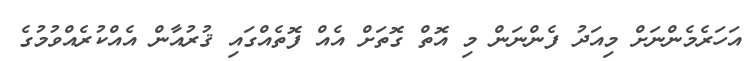
އަހަރެމެންނަށް މިއަދު ފެންނަން މި އޮތް ގޮތަށް އެއް ފޮތެއްގައި ޤުރުއާން އެއްކުރެއްވުމުގެ